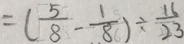
= ( \frac { 5 } { 8 } - \frac { 1 } { 8 } ) \div \frac { 1 6 } { 2 3 }